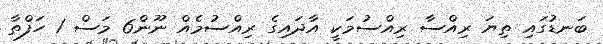
ބަނޑުގައި ތިޔަ ރިއްސާ ރިއްސުމަކީ އާދައިގެ ރިއްސުމެއް ނޫން6 މަސް 1 ހަފްތާ